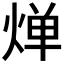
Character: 𬊤